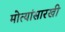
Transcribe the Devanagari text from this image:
मोत्यांसारखी